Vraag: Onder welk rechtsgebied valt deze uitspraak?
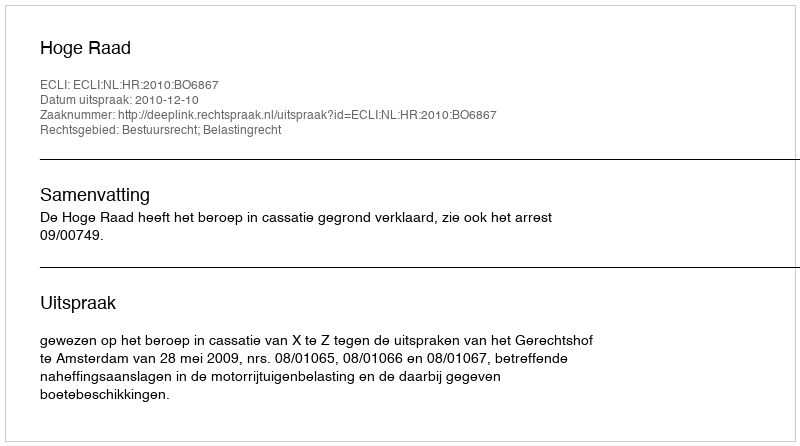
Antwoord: Bestuursrecht; Belastingrecht